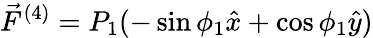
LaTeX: \vec{F}^{(4)}=P_{1}(-\sin\phi_{1}\hat{x}+\cos\phi_{1}\hat{y})